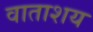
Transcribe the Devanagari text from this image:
वाताशय